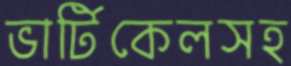
ভার্টিকেলসহ